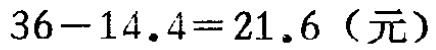
\(36 - 14.4 = 21.6（元）\)